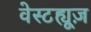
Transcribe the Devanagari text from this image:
वेस्टह्यूज़